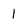
Character: 1